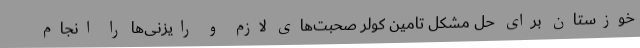
خوزستان برای حل مشکل تامین کولر صحبت‌های لازم و رایزنی‌ها را انجام